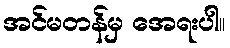
အင်မတန်မှ အေရးပါ။